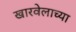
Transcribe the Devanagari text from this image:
खारवेलाच्या